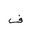
Letter: _fa